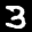
Label: 3